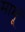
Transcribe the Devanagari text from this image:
मामूं